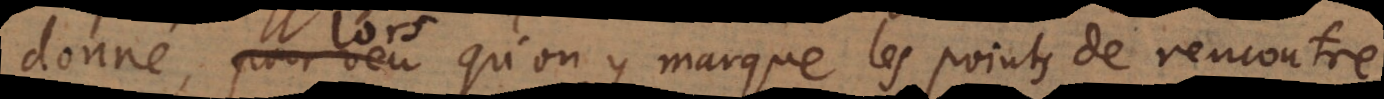
donné, lors qu’on y marque les points de rencontre